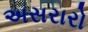
અસરારો